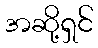
အဆို့ရှင်